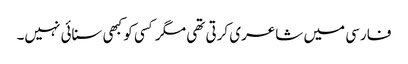
فارسی میں شاعری کرتی تھی مگر کسی کو کبھی سنائی نہیں۔